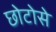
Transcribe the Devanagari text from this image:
छोटोसे